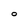
Character: O